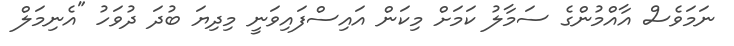
ނަމަވެސް އާއްމުންގެ ސަމާލު ކަމަށް މިކަން އައިސްފައިވަނީ މިދިޔަ ބުދަ ދުވަހު "އެނިމަލް